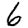
Digit: 6